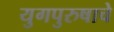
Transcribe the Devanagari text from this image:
युगपुरुषाचे